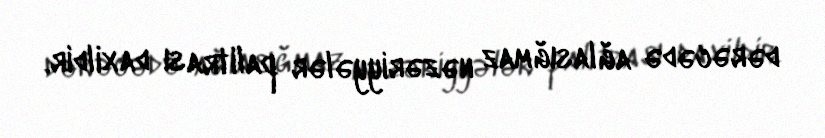
dərəcədə ağlasığmaz nəzəriyyələr palitrası daxildir.